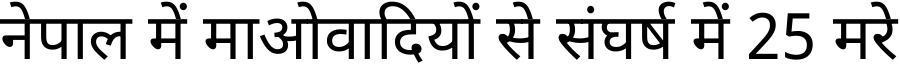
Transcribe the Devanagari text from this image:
नेपाल में माओवादियों से संघर्ष में 25 मरे